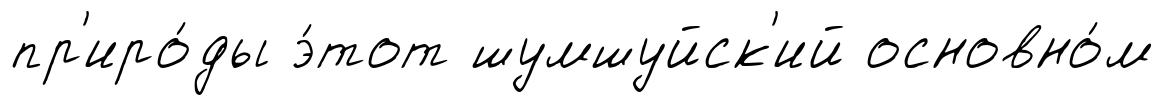
пр'иро́ды э́тот шумшуйск'ий основно́м